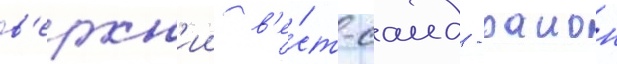
в'ерхн'ии в'е́ст-саид - раион